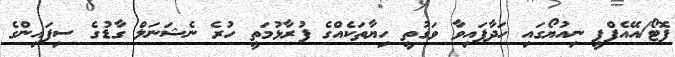
ފޮޓޯ/އޭއެފްޕީ ނިއުޔޯގައި ހަދާފައިވާ ވަގުތީ ހިޔާތަކެއްގެ ފުރާޅުމަތީ ހުރެ ނެޝަނަލް ގާޑުގެ ސިފައިންގެ